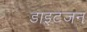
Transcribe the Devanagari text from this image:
डाइटजन